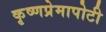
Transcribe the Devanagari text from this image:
कृष्णप्रेमापोटी